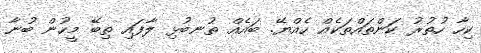
ކިހާ ހުތުރު ކަންތައްތަކެއް ހެއްޔޭ. ބައެއް ތުނބުޅި ލާފައި ތިބޭ މީހުން ބުނާ